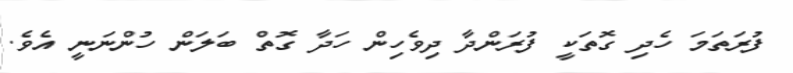
ފުރަތަމަ ހެދި ގޮތަކީ ފުރަންދާ ދިވެހިން ހަދާ ގޮތް ބަލަން ހުންނަނީ އެވެ.